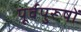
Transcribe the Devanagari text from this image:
पूर्वपुरूषों